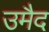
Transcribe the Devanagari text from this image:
उमैद